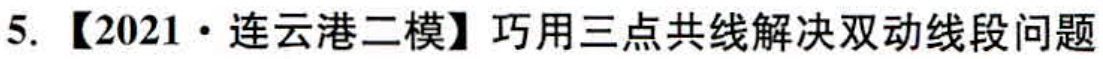
5. 【2021·连云港二模】巧用三点共线解决双动线段问题